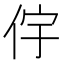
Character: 𫢝